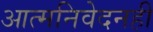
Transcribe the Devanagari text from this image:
आत्मनिवेदनही